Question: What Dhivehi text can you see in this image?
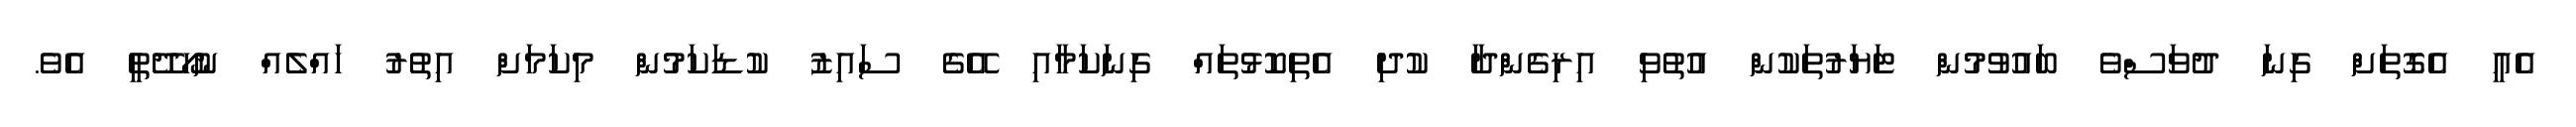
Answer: އެއީ އެގޮތަށް ގިނަ ދުވަސްވެ ބައުވުމުން ޓަޔަރުތަކުން އުތުވި އިރިގެންދާ ކުދި އެތިކޮޅުތައް ގިނަކަމާއި އޭގެ ސައިޒު ކުޑަކަމުން މިކަމަށް އިތުރު ހައްލެއް ނުހޯދޭތީ އެވެ.